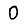
Digit: 0